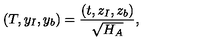
( T , { { y } } _ { I } , { { y } } _ { b } ) = { \frac { ( t , { { z } } _ { I } , { { z } } _ { b } ) } { \sqrt { H _ { A } } } } ,